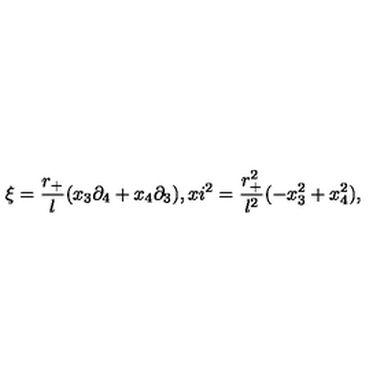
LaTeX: \xi = \frac { r _ { + } } { l } ( x _ { 3 } \partial _ { 4 } + x _ { 4 } \partial _ { 3 } ) , x i ^ { 2 } = \frac { r _ { + } ^ { 2 } } { l ^ { 2 } } ( - x _ { 3 } ^ { 2 } + x _ { 4 } ^ { 2 } ) ,